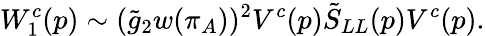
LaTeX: W_{1}^{c}(p)\sim(\tilde{g}_{2}w(\pi_{A}))^{2}V^{c}(p)\tilde{S}_{LL}(p)V^{c}(p).